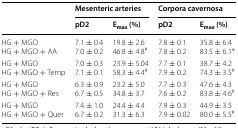
<table><thead><tr><td rowspan="2"></td><td colspan="2"><b>Mesenteric arteries</b></td><td colspan="2"><b>Corpora cavernosa</b></td></tr><tr><td><b>pD2</b></td><td><b>E<sub>max</sub> (%)</b></td><td><b>pD2</b></td><td><b>E<sub>max</sub> (%)</b></td></tr></thead><tbody><tr><td>HG + MGOHG + MGO + AA</td><td>7.1 ± 0.47.0 ± 0.2</td><td>19.8 ± 2.646.8 ± 4.8<sup>#</sup></td><td>7.8 ± 0.17.8 ± 0.2</td><td>35.8 ± 6.483.5 ± 6.1*</td></tr><tr><td>HG + MGOHG + MGO + Temp</td><td>7.0 ± 0.37.1 ± 0.1</td><td>23.9 ± 5.0458.3 ± 4.4<sup>#</sup></td><td>7.7 ± 0.17.9 ± 0.2</td><td>38.7 ± 4.274.3 ± 3.5<sup>#</sup></td></tr><tr><td>HG + MGOHG + MGO + Res</td><td>6.3 ± 0.96.7 ± 0.5</td><td>23.2 ± 5.034.8 ± 3.7</td><td>7.7 ± 0.37.6 ± 0.2</td><td>47.6 ± 4.383.8 ± 4.6<sup>#</sup></td></tr><tr><td>HG + MGOHG + MGO + Quer</td><td>7.4 ± 1.06.7 ± 0.2</td><td>24.4 ± 4.431.3 ± 6.3</td><td>7.9 ± 0.37.9 ± 0.02</td><td>44.9 ± 3.580.0 ± 5.5<sup>#</sup></td></tr></tbody></table>